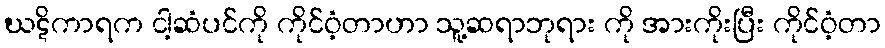
ဃဋိကာရက ငါ့ဆံပင်ကို ကိုင်ဝံ့တာဟာ သူ့ဆရာဘုရား ကို အားကိုးပြီး ကိုင်ဝံ့တာ